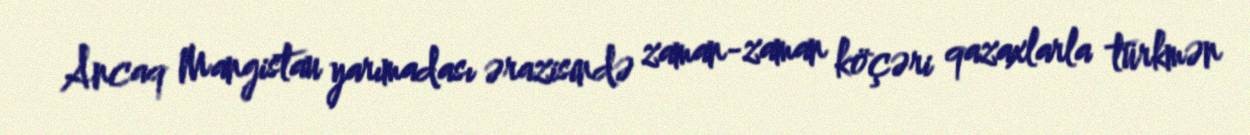
Ancaq Mangistau yarımadası ərazisində zaman-zaman köçəri qazaxlarla türkmən